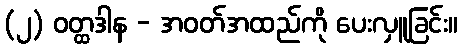
(၂) ဝတ္ထဒါန - အဝတ်အထည်ကို ပေးလှူခြင်း။